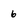
Character: 6